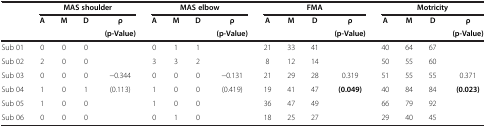
|  | <COLSPAN=4> MAS shoulder | <COLSPAN=4> MAS elbow | <COLSPAN=4> FMA | <COLSPAN=4> Motricity |
 |  | <ROWSPAN=2> A | <ROWSPAN=2> M | <ROWSPAN=2> D | ρ | <ROWSPAN=2> A | <ROWSPAN=2> M | <ROWSPAN=2> D | ρ | <ROWSPAN=2> A | <ROWSPAN=2> M | <ROWSPAN=2> D | ρ | <ROWSPAN=2> A | <ROWSPAN=2> M | <ROWSPAN=2> D | ρ |
 |  | (p-Value) | (p-Value) | (p-Value) | (p-Value) |
 | --- | --- | --- | --- | --- | --- | --- | --- | --- | --- | --- | --- | --- | --- | --- | --- | --- |
 | Sub 01 | 0 | 0 | 0 |  | 0 | 1 | 1 |  | 21 | 33 | 41 |  | 40 | 64 | 67 |  |
 | Sub 02 | 2 | 0 | 0 |  | 3 | 3 | 2 |  | 8 | 12 | 14 |  | 50 | 55 | 60 |  |
 | Sub 03 | 0 | 0 | 0 | -0.344 | 0 | 0 | 0 | -0.131 | 21 | 29 | 28 | 0.319 | 51 | 55 | 55 | 0.371 |
 | Sub 04 | 1 | 0 | 1 | (0.113) | 1 | 0 | 0 | (0.419) | 19 | 41 | 47 | (0.049) | 40 | 84 | 84 | (0.023) |
 | Sub 05 | 1 | 0 | 0 |  | 1 | 0 | 0 |  | 36 | 47 | 49 |  | 66 | 79 | 92 |  |
 | Sub 06 | 0 | 0 | 0 |  | 0 | 1 | 0 |  | 18 | 25 | 27 |  | 29 | 40 | 45 |  |